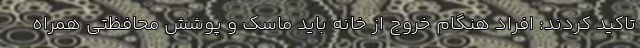
تاکید کردند: افراد هنگام خروج از خانه باید ماسک و پوشش محافظتی همراه